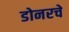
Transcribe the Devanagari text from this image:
डोनरचे